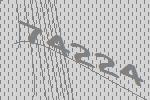
74224